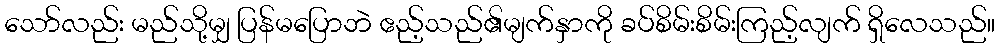
သော်လည်း မည်သို့မျှ ပြန်မပြောဘဲ ဧည့်သည်၏မျက်နှာကို ခပ်စိမ်းစိမ်းကြည့်လျက် ရှိလေသည်။